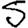
Digit: 5